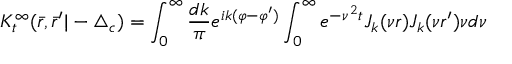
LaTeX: K _ { t } ^ { \infty } ( \bar { r } , \bar { r } ^ { \prime } | - \triangle _ { c } ) = \int _ { 0 } ^ { \infty } \frac { d k } { \pi } e ^ { i k ( \varphi - \varphi ^ { \prime } ) } \int _ { 0 } ^ { \infty } e ^ { - \nu ^ { 2 } t } J _ { k } ( \nu r ) J _ { k } ( \nu r ^ { \prime } ) \nu d \nu